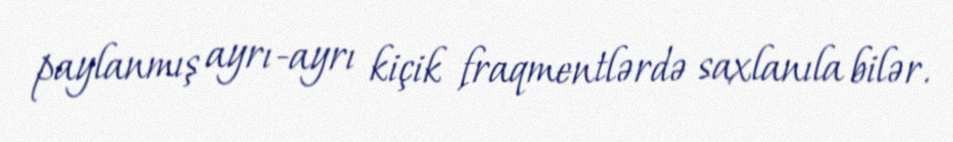
paylanmış ayrı-ayrı kiçik fraqmentlərdə saxlanıla bilər.